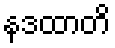
နဒထာတိ